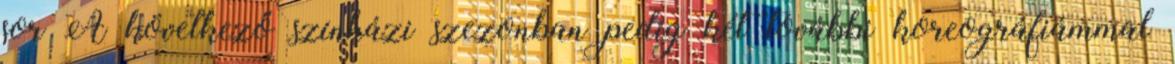
sor A következő színházi szezonban pedig két további koreográfiámmal